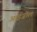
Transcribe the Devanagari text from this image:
आईज़ोल